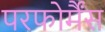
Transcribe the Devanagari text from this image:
परफोर्मैंस